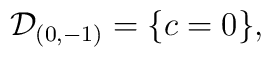
{\cal D}_{(0,-1)}  =  \{ c = 0 \},